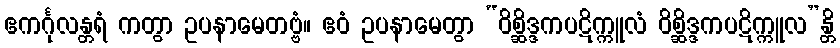
ဧကင်္ဂုလန္တရံ ကတွာ ဥပနာမေတဗ္ဗံ။ ဧဝံ ဥပနာမေတွာ “ဝိစ္ဆိဒ္ဒကပဋိက္ကူလံ ဝိစ္ဆိဒ္ဒကပဋိက္ကူလ”န္တိ